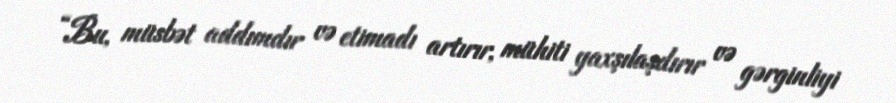
“Bu, müsbət addımdır və etimadı artırır, mühiti yaxşılaşdırır və gərginliyi